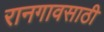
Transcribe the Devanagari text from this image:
रानगावसाठी